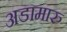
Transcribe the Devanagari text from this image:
अडामारु